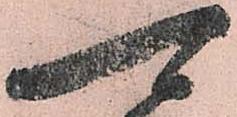
可